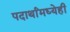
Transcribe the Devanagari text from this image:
पदार्थांमध्येही